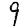
Digit: 9